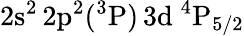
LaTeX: \mathrm{2s^{2}\, 2p^{2}(^{3}P)\, 3d~^{4}P_{5/2}}